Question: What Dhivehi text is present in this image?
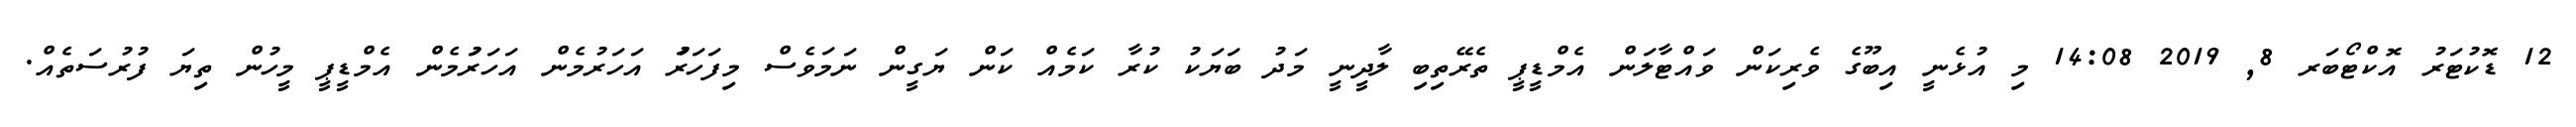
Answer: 12 ޑޮކުޓަރު އޮކްޓޯބަރ 8, 2019 14:08 މި އުޅެނީ އިބޫގެ ވެރިކަން ވައްޓާލަން އެމްޑީޕީ ތެރޭތިބި ލާދީނީ މަދު ބަޔަކު ކުރާ ކަމެއް ކަން ޔަގީން ނަމަވެސް މިފަހަރަު އަހަރުމެން އަހަރަުމެން އެމްޑީޕީ މީހުން ތިޔަ ފުރުސަތެއް.